Report on vaccination in Madras 1877-1894 - 1877-1894
Year: 1877
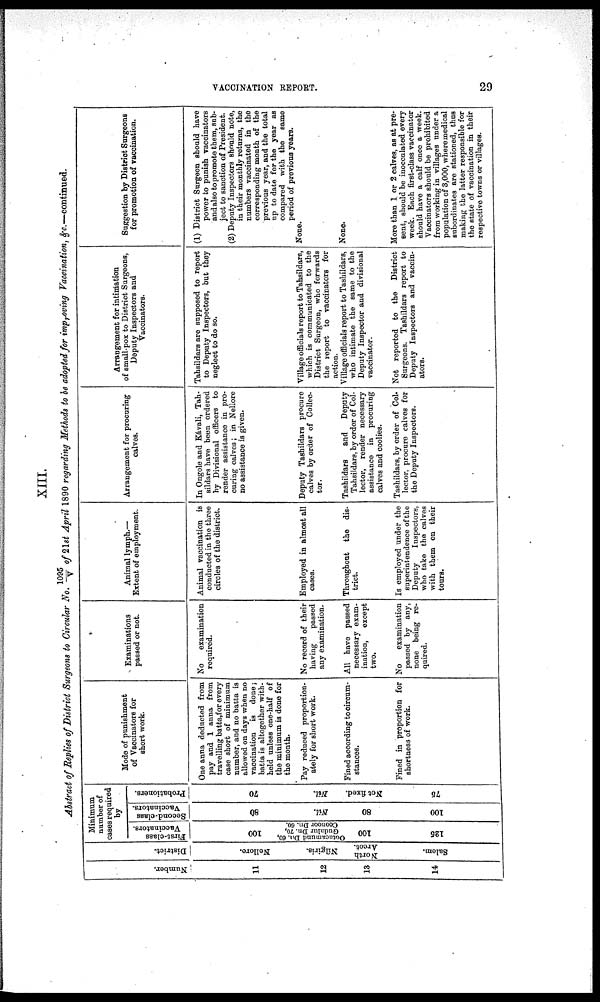
VACCINATION REPORT.
29
XIII.
Abstract of Replies of District Surgeons to Circular No. 1095/V of 21st April 1890 regarding Methods to be adopted for improving Vaccination, &c.—continued.
Number.
11
12
13
14
District.
Nellore.
Nílgiris.
North
Arcot.
Salem.
Minimum
number of
cases required
by
First-class
Vaccinators.
100
Ootacamund Dn. 60,
Gudalur Dn. 70,
Coonoor Dn. 60.
100
125
Second-class
Vaccinators.
80
Nil.
80
100
Probationers.
70
Nil.
Not fixed.
75
Mode of punishment
of Vaccinators for
short work.
One anna deducted from
pay and 1 anna from
travelling batta,f or every
case short of minimum
number, and no batta is
allowed on days when no
vaccination is done;
batta is altogether with-
held unless one-half of
the minimum is done for
the month.
Pay reduced proportion-
ately for short work.
Fined according to circum-
stances.
Fined in proportion for
shortness of work.
Examinations
passed or not.
No
examination
required.
No record of their
having
passed
any examination.
All have passed
necessary exam-
ination,
except
two.
No
examination
passed by any,
none being re-
quired.
Animal lymph.—
Extent of employment.
Animal vaccination is
conducted in the three
circles of the district.
Employed in almost all
cases.
Throughout the dis-
trict.
Is employed under the
superintendence of the
Deputy
Inspectors,
who take the calves
with them on their
tours.
Arrangement for procuring
calves.
In Ongole and Kavali, Tah-
sildars have been ordered
by Divisional officers to
render assistance in pro-
curing calves; in Nellore
no assistance is given.
Deputy Tashildars procure
calves by order of Collec-
tor.
Tashildars
and Deputy
Tahsildars, by order of Col-
lector, render necessary
assistance in procuring
calves and coolies.
Tashildars, by order of Col¬
lector, procure calves for
the Deputy Inspectors.
Arrangement for intimation
of small-pox to District Surgeons,
Deputy Inspectors and
Vaccinators.
Tahsildars are supposed to report
to Deputy Inspectors, but they
neglect to do so.
Village officials report to Tahsildars,
which is communicated to the
District Surgeon, who forwards
the report to vaccinators for
action.
Village officials report to Tashildars,
who intimate the same to the
Deputy Inspector and divisional
vaccinator.
Not reported to the District
Surgeons. Tashildars report to
Deputy Inspectors and vaccin-
ators.
Suggestion by District Surgeons
for promotion of vaccination.
(1) District Surgeon should have
power to punish vaccinators
and also to promote them, sub-
ject to sanction of President.
(2) Deputy Inspectors should note,
in their monthly returns, the
numbers vaccinated in the
corresponding month of the
previous year, and the total
up to date for the year as
compared with the same
period of previous years.
None.
None.
More than 1 or 2 calves, as at pre-
sent, should be inocculated every
week. Each first-class vaccinator
should have a calf once a week.
Vaccinators should be prohibited
from working in villages under a
population of 8,000, where medical
subordinates are stationed, thus
making the latter responsible for
the state of vaccination in their
respective towns or villages.